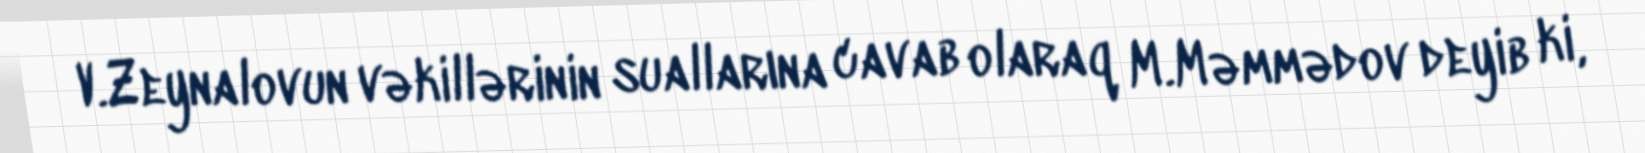
V.Zeynalovun vəkillərinin suallarına cavab olaraq M.Məmmədov deyib ki,